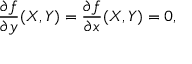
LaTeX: { \frac { \partial f } { \partial y } } ( X , Y ) = { \frac { \partial f } { \partial x } } ( X , Y ) = 0 ,